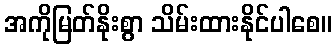
အကိုမြတ်နိုးစွာ သိမ်းထားနိုင်ပါစေ။